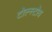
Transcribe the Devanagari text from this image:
टोल्स्टोय